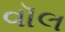
વૉલ